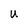
Character: U